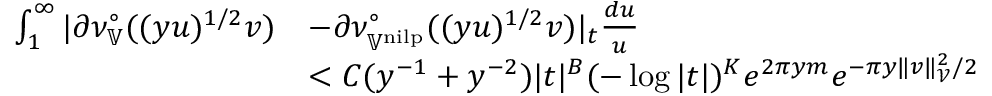
\begin{array} { r l } { \int _ { 1 } ^ { \infty } | \partial \nu _ { \mathbb { V } } ^ { \circ } ( ( y u ) ^ { 1 / 2 } v ) } & { - \partial \nu _ { \mathbb { V } ^ { \mathrm { n i l p } } } ^ { \circ } ( ( y u ) ^ { 1 / 2 } v ) | _ { t } \frac { d u } { u } } \\ & { < C ( y ^ { - 1 } + y ^ { - 2 } ) | t | ^ { B } ( - \log | t | ) ^ { K } e ^ { 2 \pi y m } e ^ { - \pi y \| v \| _ { \mathcal { V } } ^ { 2 } / 2 } } \end{array}